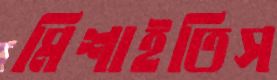
মিশাইতিস